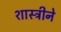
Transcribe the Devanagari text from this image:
शास्त्रीने